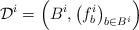
LaTeX: \begin{align*} \mathcal{D}^i = \Big( B^i, \big( f^i_b \big)_{b \in B^i} \Big) \end{align*}